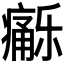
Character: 𱱦